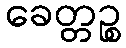
ခေတ္တဉ္စ